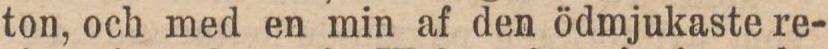
ton, och med en min af den ödmjukaste re-